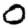
Digit: 0